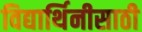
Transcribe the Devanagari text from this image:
विद्यार्थिनीसाठी